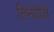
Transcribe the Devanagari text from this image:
तिनेवेल्लि